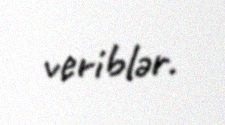
veriblər.